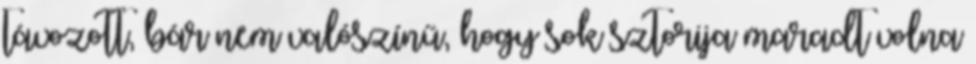
távozott, bár nem valószínű, hogy sok sztorija maradt volna